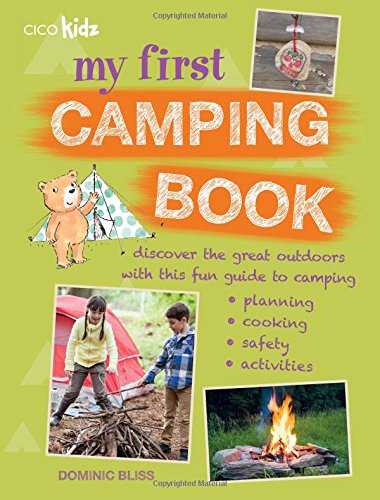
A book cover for My First Camping Book: 35 Easy and Fun Camping Activities for Children Aged 7 Years +; Dominic Bliss; Children's Books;